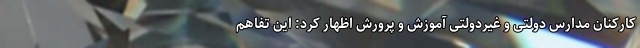
کارکنان مدارس دولتی و غیردولتی آموزش و پرورش اظهار کرد: این تفاهم